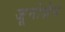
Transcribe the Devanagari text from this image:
जूनोज़ेस